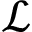
\mathcal { L }